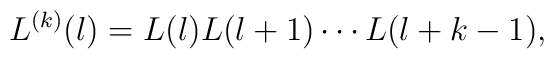
L^{(k)}(l)=L(l)L(l+1)\cdots L(l+k-1),